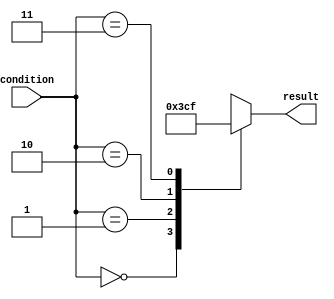
module parallel_case_statement(
    input wire [1:0] condition,
    output reg [3:0] result
);

always @*
begin
    case(condition)
        2'b00: result = 4'b0000; // Condition 1
        2'b01: result = 4'b0011; // Condition 2
        2'b10: result = 4'b1100; // Condition 3
        2'b11: result = 4'b1111; // Condition 4
        default: result = 4'bxxxx; // Default condition
    endcase
end

endmodule